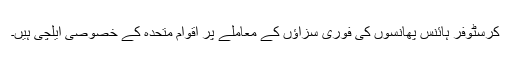
کرسٹوفر ہائنس پھانسوں کی فوری سزاؤں کے معاملے پر اقوام متحدہ کے خصوصی ایلچی ہیں۔